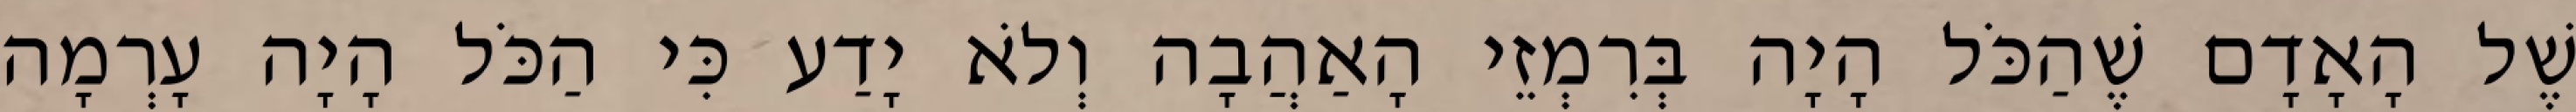
שֶׁל הָאָדָם שֶׁהַכֹּל הָיָה בְּרִמְזֵי הָאַהֲבָה וְלֹא יָדַע כִּי הַכֹּל הָיָה עָרְמָה